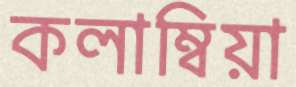
কলাম্বিয়া